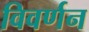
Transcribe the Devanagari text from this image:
विवर्णन